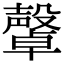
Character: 𣫜